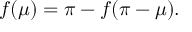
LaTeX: f ( \mu ) = \pi - f ( \pi - \mu ) .